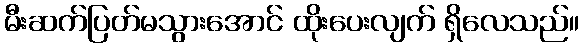
မီးဆက်ပြတ်မသွားအောင် ထိုးပေးလျက် ရှိလေသည်။